Indian journal of veterinary science and animal husbandry - Volume 5,
Year: 1935
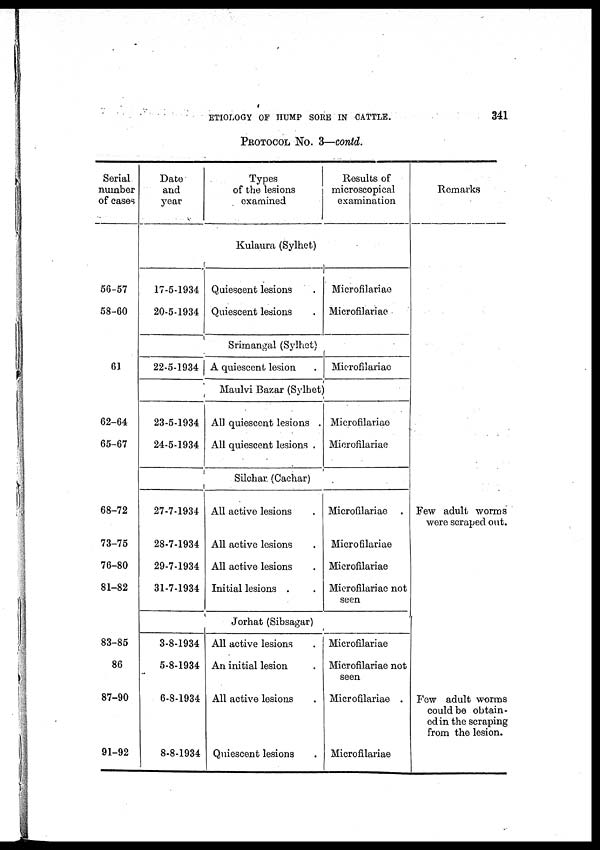
ETIOLOGY OF HUMP SORE IN CATTLE.
341
PROTOCOL No. 3—contd.
Serial
number
of cases
56-57
58-60
61
62-64
65-67
68-72
73-75
76-80
81-82
83-85
86
87-90
91-92
Date
and
year
Types
of the lesions
examined
Results of
microscopical
examination
Kulaura (Sylhet)
17-5-1934
20-5-1934
Quiescent lesions .
Quiescent lesions .
Microfilariae
Microfilariae
Srimangal (Sylhet)
22-5-1934 A quiescent lesion .
Microfilariae
Maulvi Bazar (Sylhet)
23-5-1934
24-5-1934
All quiescent lesions .
All quiescent lesions .
Microfilariae
Microfilariae
Silchar (Cachar)
27-7-1934
28-7-1934
29-7-1934
31-7-1934
All active lesions .
All active lesions .
All active lesions .
Initial lesions . .
Microfilariae .
Microfilariae
Microfilariae
Microfilariae not
seen
Jorhat (Sibsagar)
3-8-1934
5-8-1934
6-8-1934
8-8-1934
All active lesions .
An initial lesion .
All active lesions .
Quiescent lesions .
Microfilariae
Microfilariae not
seen
Microfilariae .
Microfilariae
Remarks
Few adult worms
were scraped out.
Few adult worms
could be obtain-
ed in the scraping
from the lesion.